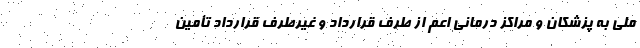
ملی به پزشکان و مراکز درمانی اعم از طرف قرارداد و غیرطرف قرارداد تأمین